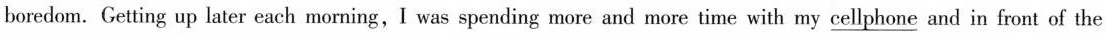
boredom. Getting up later each morning,I was spending more and more time with my \underline{celiphone} and in front of the